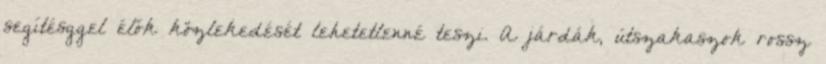
segítésggel élők közlekedését lehetetlenné teszi. A járdák, útszakaszok rossz